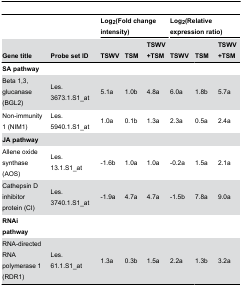
<table><thead><tr><td></td><td></td><td colspan="3"><b>Log<sub>2</sub>(Fold change intensity)</b></td><td colspan="3"><b>Log<sub>2</sub>(Relative expression ratio)</b></td></tr><tr><td><b>Gene title</b></td><td><b>Probe set ID</b></td><td><b>TSWV</b></td><td><b>TSM</b></td><td><b>TSWV +TSM</b></td><td><b>TSWV</b></td><td><b>TSM</b></td><td><b>TSWV +TSM</b></td></tr></thead><tbody><tr><td><b>SA pathway</b></td><td></td><td></td><td></td><td></td><td></td><td></td><td></td></tr><tr><td>Beta 1,3, glucanase (BGL2)</td><td>Les. 3673.1.S1_at</td><td>5.1a</td><td>1.0b</td><td>4.8a</td><td>6.0a</td><td>1.8b</td><td>5.7a</td></tr><tr><td>Non-immunity 1 (NIM1)</td><td>Les. 5940.1.S1_at</td><td>1.0a</td><td>0.1b</td><td>1.3a</td><td>2.3a</td><td>0.5a</td><td>2.4a</td></tr><tr><td><b>JA pathway</b></td><td></td><td></td><td></td><td></td><td></td><td></td><td></td></tr><tr><td>Allene oxide synthase (AOS)</td><td>Les. 13.1.S1_at</td><td>-1.6b</td><td>1.0a</td><td>1.0a</td><td>-0.2a</td><td>1.5a</td><td>2.1a</td></tr><tr><td>Cathepsin D inhibitor protein (CI)</td><td>Les. 3740.1.S1_at</td><td>-1.9a</td><td>4.7a</td><td>4.7a</td><td>-1.5b</td><td>7.8a</td><td>9.0a</td></tr><tr><td><b>RNAi pathway</b></td><td></td><td></td><td></td><td></td><td></td><td></td><td></td></tr><tr><td>RNA-directed RNA polymerase 1 (RDR1)</td><td>Les. 61.1.S1_at</td><td>1.3a</td><td>0.3b</td><td>1.5a</td><td>2.2a</td><td>1.3b</td><td>3.2a</td></tr></tbody></table>